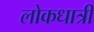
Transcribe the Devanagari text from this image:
लोकधात्री